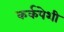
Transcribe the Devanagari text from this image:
कर्कपेशी